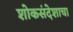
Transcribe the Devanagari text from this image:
शोकसंदेशाचा